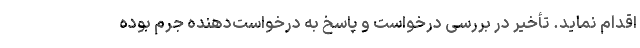
اقدام نماید. تأخیر در بررسی درخواست و پاسخ به درخواست‌دهنده جرم بوده